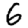
Digit: 6